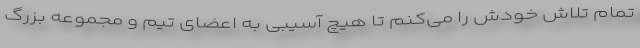
تمام تلاش خودش را می‌کنم تا هیچ آسیبی به اعضای تیم و مجموعه بزرگ